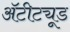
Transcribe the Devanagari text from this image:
अॅटीट्यूड